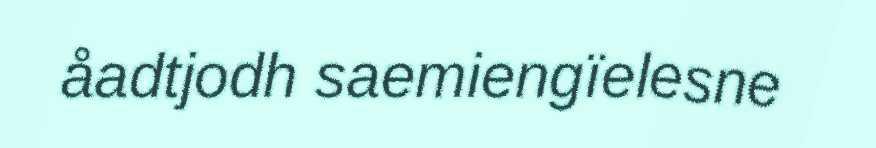
åadtjodh saemiengïelesne